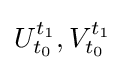
U_{t_{0}}^{t_{1}},V_{t_{0}}^{t_{1}}